Vaccine operations Central Provinces & Berar 1912-1920 - 1912-1920
Year: 1912
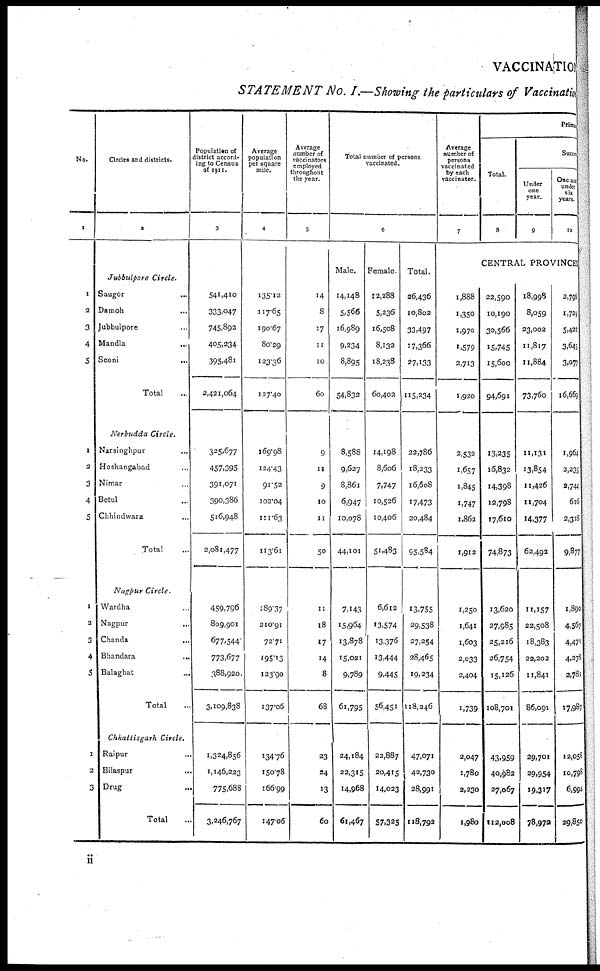
VACCINATION
STATEMENT No. I.—Showing the particulars of Vaccination
No.
1
1
2
3
4
5
1
2
3
4
5
1
2
3
4
5
1
2
3
Circles and districts.
2
Jubbulpore Circle.
Saugor...
Damoh...
Jubbulpore...
Mandla...
Seoni...
Total...
Nerbudda Circle.
Narsinghpur...
Hoshangabad...
Nimar...
Betul...
Chhindwara... ...
Total...
Nagpur Circle.
Wardha...
Nagpur...
Chanda...
Bhandara...
Balaghat...
Total...
Chhattisgarh Circle.
Raipur...
Bilaspur...
Drug...
Total...
Population of
district accord-
ing to Census
of 1911.
3
541,410
333,047
745,892
405,234
395,481
2,421,064
325,677
457,395
391,071
390,386
516,948
2,081,477
459,796
809,901
677,544
773,677
388,920
3,109,838
1,324,856
1,146,223
775,688
3,246,767
Average
population
per square
mile.
4
135.12
117.65
190.67
80.29
123.36
127.40
169.98
124.43
91.52
102.04
111.63
113.61
189.37
210.91
72.71
195.13
123.90
137.06
134.76
150.78
166.99
147.06
Average
number of
vaccinators
employed
throughout
the year.
5
14
8
17
11
10
60
9
11
9
10
11
50
11
18
17
14
8
68
23
24
13
60
Total number of persons
vaccinated.
6
Male.
14,148
5,566
16,989
9,234
8,895
54,832
8,588
9,627
8,861
6,947
10,078
44,101
7,143
15,964
13,878
15,021
9,789
61,795
24,184
22,315
14,968
61,467
Female.
12,288
5,236
16,508
8,132
18,238
60,402
14,198
8,606
7,747
10,526
10,406
51,483
6,612
13,574
13,376
13,444
9,445
56,451
22,887
20,415
14,023
57,325
Total.
26,436
10,802
33,497
17,366
27,133
115,234
22,786
18,233
16,608
17,473
20,484
95,584
13,755
29,538
27,254
28,465
19,234
118,246
47,071
42,730
28,991
118,792
Average
number of
persons
vaccinated
by each
vaccinator.
7
1,888
1,350
1,970
1,579
2,713
1,920
2,532
1,657
1,845
1,747
1,862
1,912
1,250
1,641
1,603
2,033
2,404
1,739
2,047
1,780
2,230
1,980
Primary
Success
Total.
8
Under
one
year.
9
One and
under
six
years.
10
CENTRAL PROVINCES
22,590
10,190
30,566
15,745
15,600
94,691
13,235
16,832
14,398
12,798
17,610
74,873
13,620
27,985
25,216
26,754
15,126
108,701
43,959
40,982
27,067
112,008
18,998
8,059
23,002
11,8l7
11,884
73,760
11,131
13,854
11,426
11,704
14,377
62,492
11,157
22,508
18,383
22,202
11,841
86,091
29,701
29,954
19,317
78,972
2,796
1,729
5,422
3,645
3,077
16,669
1,964
2,235
2,744
616
2,318
9,877
1,890
4,567
4,471
4,278
2,781
17,987
12,058
10,798
6,994
29,850
ii